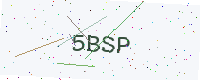
Text: 5BSP